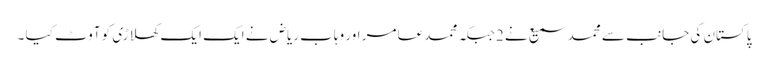
پاکستان کی جانب سے محمد سمیع نے 2جبکہ محمد عامر اور وہاب ریاض نے ایک ایک کھلاڑی کو آوٹ کیا ۔